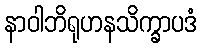
နာဝါဘိရုဟနသိက္ခာပဒံ